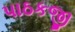
પાઠકજી